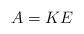
LaTeX: \begin{align*}A=KE\end{align*}